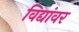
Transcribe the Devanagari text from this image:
विद्यांवर